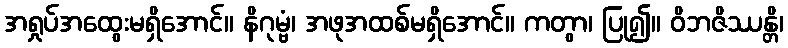
အရှုပ်အထွေးမရှိအောင်။ နိဂုမ္ဗံ၊ အဖုအထစ်မရှိအောင်။ ကတွာ၊ ပြု၍။ ဝိဘဇိဿန္တိ၊